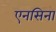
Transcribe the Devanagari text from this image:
एनसिना